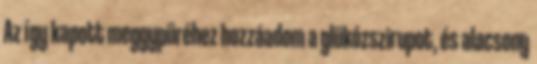
Az így kapott meggypüréhez hozzáadom a glükózszirupot, és alacsony